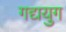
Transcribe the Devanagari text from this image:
गद्ययुग